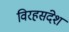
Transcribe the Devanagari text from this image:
विरहसंदेश